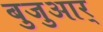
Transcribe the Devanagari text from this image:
बुजुआर्